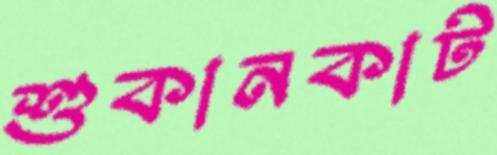
শুকানকাট